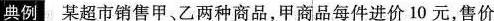
典例某超市销售甲、乙两种商品，甲商品每件进价10元，售价